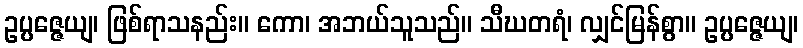
ဥပ္ပဇ္ဇေယျ၊ ဖြစ်ရာသနည်း။ ကော၊ အဘယ်သူသည်။ သီဃတရံ၊ လျှင်မြန်စွာ။ ဥပ္ပဇ္ဇေယျ၊